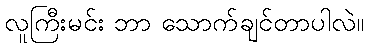
လူကြီးမင်း ဘာ သောက်ချင်တာပါလဲ။